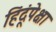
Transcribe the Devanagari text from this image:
हिंदूंपेक्षा